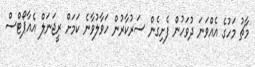
މާޗު މަހުގެ އެއްވަނަ ދުވަހުން ފެށިގެން ސަރުކާރުން ހަވާލުވާނެ ކަމަށް ރީޖަނަލް އެއާޕޯޓްސް